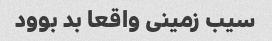
سیب زمینی واقعا بد بوود